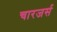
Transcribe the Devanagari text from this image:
चारजर्स